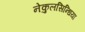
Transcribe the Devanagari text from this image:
नेकुलसिन्धिया